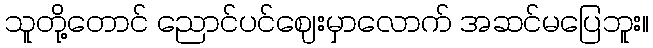
သူတို့တောင် ညောင်ပင်ဈေးမှာလောက် အဆင်မပြေဘူး။